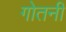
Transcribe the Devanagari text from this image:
गोतनी